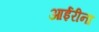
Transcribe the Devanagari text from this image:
आईरीना